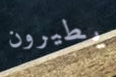
يطيرون